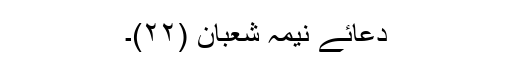
دعائے نیمہ شعبان (۲۲)۔